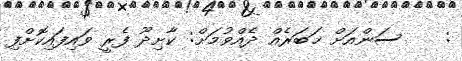
:    ސަންއަށް ޚަބަރެއް ދެއްވުމަށް: ކާށިދޫ ފެރީ ވައިފައިކޮށްފި